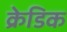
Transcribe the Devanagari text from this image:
क्रेडिक